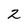
Character: 2